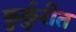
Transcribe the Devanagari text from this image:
कुर्कुरीत